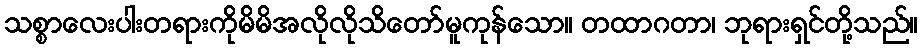
သစ္စာလေးပါးတရားကိုမိမိအလိုလိုသိတော်မူကုန်သော။ တထာဂတာ၊ ဘုရားရှင်တို့သည်။